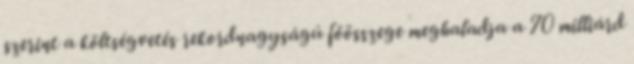
szerint a költségvetés rekordnagyságú főösszege meghaladja a 70 milliárd